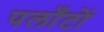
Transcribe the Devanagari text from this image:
पलाँटों